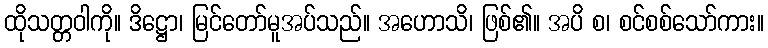
ထိုသတ္တဝါကို။ ဒိဋ္ဌော၊ မြင်တော်မူအပ်သည်။ အဟောသိ၊ ဖြစ်၏။ အပိ စ၊ စင်စစ်သော်ကား။